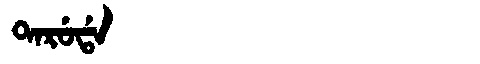
Manchu: ᡨᠠᡵᡠᡩᠠ
Romanization: TARUDA